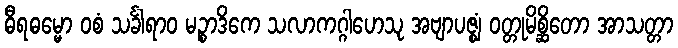
ဓီရဓမ္မော ဝစံ သင်္ခါရာဝ မဉ္စာဒိကေ သလာကဂ္ဂါဟေသု အဗျာပဇ္ဈံ ဝတ္တုမိစ္ဆိတော အာသတ္တာ